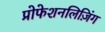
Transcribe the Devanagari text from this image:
प्रोफेशनलिज़िंग